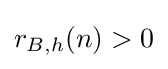
r_{B,h}(n)>0